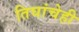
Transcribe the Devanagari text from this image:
तिघांचेही